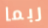
ربما